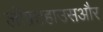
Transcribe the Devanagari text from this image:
लॉफ़्टहाउसऔर